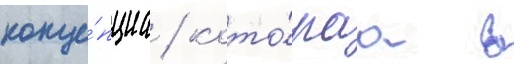
конце́пциа / кото́раа в